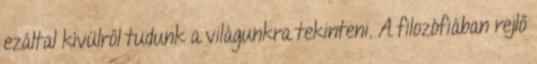
ezáltal kívülről tudunk a világunkra tekinteni. A filozófiában rejlő